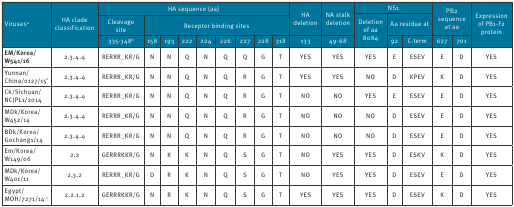
<table><thead><tr><td rowspan="3"><b>Viruses<sup>a</sup></b></td><td rowspan="3"><b>HA clade classification</b></td><td colspan="9"><b>HA sequence (aa)</b></td><td rowspan="2"><b>HAdeletion</b></td><td rowspan="2"><b>NA stalk deletion</b></td><td colspan="3"><b>NS1</b></td><td rowspan="2" colspan="2"><b>PB2 sequence at aa</b></td><td rowspan="3"><b>Expression of PB1-F2 protein</b></td></tr><tr><td><b>Cleavage site</b></td><td colspan="8"><b>Receptor binding sites</b></td><td rowspan="2"><b>Deletion of aa 80–84</b></td><td colspan="2"><b>Aa residue at</b></td></tr><tr><td><b>335-348b</b></td><td><b>158</b></td><td><b>193</b></td><td><b>222</b></td><td><b>224</b></td><td><b>226</b></td><td><b>227</b></td><td><b>228</b></td><td><b>318</b></td><td><b>133</b></td><td><b>49-68</b></td><td><b>92</b></td><td><b>C-term</b></td><td><b>627</b></td><td><b>701</b></td></tr></thead><tbody><tr><td><b>EM/Korea/W541/16</b></td><td>2.3.4.4</td><td>RERRR_KR/G</td><td>N</td><td>N</td><td>Q</td><td>N</td><td>Q</td><td>Q</td><td>G</td><td>T</td><td>YES</td><td>YES</td><td>YES</td><td>E</td><td>ESEV</td><td>E</td><td>D</td><td>YES</td></tr><tr><td>Yunnan/China/0127/15<sup>c</sup></td><td>2.3.4.4</td><td>RERRR_KR/G</td><td>N</td><td>N</td><td>Q</td><td>N</td><td>Q</td><td>R</td><td>G</td><td>T</td><td>YES</td><td>YES</td><td>NO</td><td>D</td><td>KPEV</td><td>K</td><td>D</td><td>YES</td></tr><tr><td>Ck/Sichuan/NCJPL1/2014</td><td>2.3.4.4</td><td>RERRR_KR/G</td><td>N</td><td>N</td><td>Q</td><td>N</td><td>Q</td><td>R</td><td>G</td><td>T</td><td>NO</td><td>NO</td><td>YES</td><td>E</td><td>ESEV</td><td>E</td><td>D</td><td>YES</td></tr><tr><td>MDk/Korea/W452/14</td><td>2.3.4.4</td><td>RERRR_KR/G</td><td>N</td><td>N</td><td>Q</td><td>N</td><td>Q</td><td>R</td><td>G</td><td>T</td><td>NO</td><td>NO</td><td>NO</td><td>D</td><td>ESEV</td><td>E</td><td>D</td><td>YES</td></tr><tr><td>BDk/Korea/Gochang1/14</td><td>2.3.4.4</td><td>RERRR_KR/G</td><td>N</td><td>N</td><td>Q</td><td>N</td><td>Q</td><td>R</td><td>G</td><td>T</td><td>NO</td><td>NO</td><td>NO</td><td>D</td><td>ESEV</td><td>E</td><td>D</td><td>YES</td></tr><tr><td>Em/Korea/W149/06</td><td>2.2</td><td>GERRRKKR/G</td><td>N</td><td>K</td><td>K</td><td>N</td><td>Q</td><td>S</td><td>G</td><td>T</td><td>NO</td><td>YES</td><td>YES</td><td>D</td><td>ESKV</td><td>K</td><td>D</td><td>YES</td></tr><tr><td>MDk/Korea/W401/11</td><td>2.3.2</td><td>RERRR_KR/G</td><td>D</td><td>R</td><td>K</td><td>N</td><td>Q</td><td>S</td><td>G</td><td>T</td><td>NO</td><td>YES</td><td>YES</td><td>D</td><td>ESEV</td><td>E</td><td>D</td><td>YES</td></tr><tr><td>Egypt/MOH/7271/14 <sup>c</sup></td><td>2.2.1.2</td><td>GERRRKKR/G</td><td>N</td><td>R</td><td>K</td><td>N</td><td>Q</td><td>S</td><td>G</td><td>T</td><td>YES</td><td>YES</td><td>YES</td><td>D</td><td>ESEV</td><td>K</td><td>D</td><td>YES</td></tr></tbody></table>